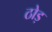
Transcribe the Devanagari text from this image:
ठोड़